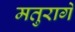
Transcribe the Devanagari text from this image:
मतुरागे